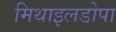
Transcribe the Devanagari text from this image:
मिथाइलडोपा